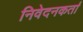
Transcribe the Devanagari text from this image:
निवेदनकर्ता